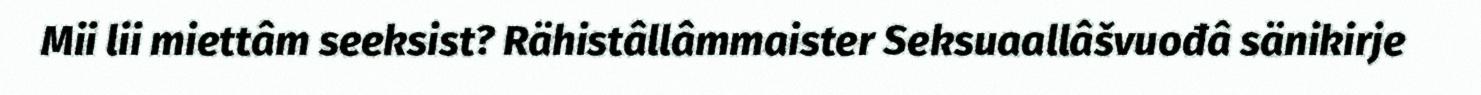
Mii lii miettâm seeksist? Rähistâllâmmaister Seksuaallâšvuođâ sänikirje